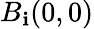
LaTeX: B_{\mathbf{i}}(0,0)